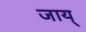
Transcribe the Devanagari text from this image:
जाय्